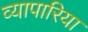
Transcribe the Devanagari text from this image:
व्‍यापारिया